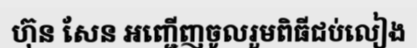
ហ៊ុន សែន អញ្ជើញចូលរួមពិធីជប់លៀង